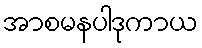
အာစမနပါဒုကာယ